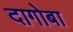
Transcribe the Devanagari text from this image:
दागोबा